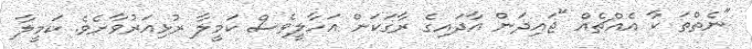
"ނެތްތަ ކާ އެއްޗެއް "ޖައިދަން އާދައިގެ ރާގަކަށް އަހާލީވެސް ކަމީލާ ރުޅިއަރުވާށެވެ. ކަމީލާ